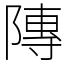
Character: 䧠